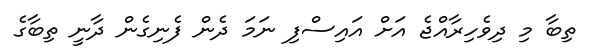
ތިބާ މި ދިވެހިރާއްޖެ އަށް އައިސްފި ނަމަ ދެން ފެނިގެން ދާނީ ތިބާގެ